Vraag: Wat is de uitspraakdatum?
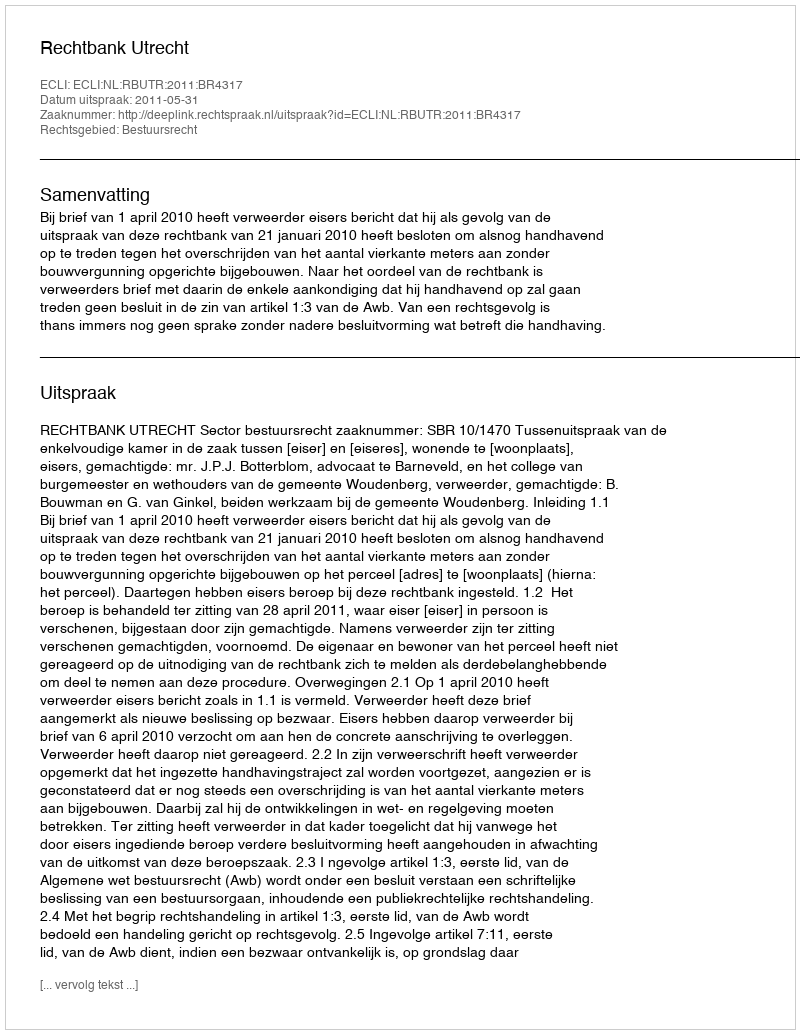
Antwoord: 2011-05-31